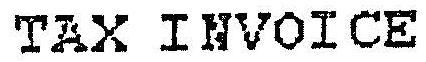
TAX INVOICE